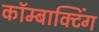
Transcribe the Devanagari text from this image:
कॉम्बाक्टिंग